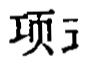
项i